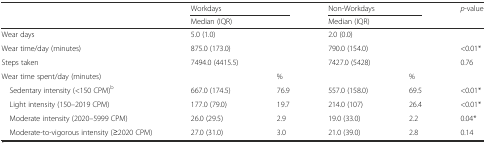
<table><thead><tr><td></td><td colspan="2"><b>Workdays</b></td><td colspan="2"><b>Non-Workdays</b></td><td><b><i>p</i>-value</b></td></tr><tr><td></td><td><b>Median (IQR)</b></td><td></td><td><b>Median (IQR)</b></td><td></td><td></td></tr></thead><tbody><tr><td>Wear days</td><td>5.0 (1.0)</td><td></td><td>2.0 (0.0)</td><td></td><td></td></tr><tr><td>Wear time/day (minutes)</td><td>875.0 (173.0)</td><td></td><td>790.0 (154.0)</td><td></td><td>&lt;0.01*</td></tr><tr><td>Steps taken</td><td>7494.0 (4415.5)</td><td></td><td>7427.0 (5428)</td><td></td><td>0.76</td></tr><tr><td>Wear time spent/day (minutes)</td><td></td><td>%</td><td></td><td>%</td><td></td></tr><tr><td> Sedentary intensity (&lt;150 CPM)<sup>b</sup></td><td>667.0 (174.5)</td><td>76.9</td><td>557.0 (158.0)</td><td>69.5</td><td>&lt;0.01*</td></tr><tr><td> Light intensity (150–2019 CPM)</td><td>177.0 (79.0)</td><td>19.7</td><td>214.0 (107)</td><td>26.4</td><td>&lt;0.01*</td></tr><tr><td> Moderate intensity (2020–5999 CPM)</td><td>26.0 (29.5)</td><td>2.9</td><td>19.0 (33.0)</td><td>2.2</td><td>0.04*</td></tr><tr><td> Moderate-to-vigorous intensity (≥2020 CPM)</td><td>27.0 (31.0)</td><td>3.0</td><td>21.0 (39.0)</td><td>2.8</td><td>0.14</td></tr></tbody></table>